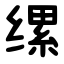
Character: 缧